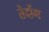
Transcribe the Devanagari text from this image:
तेदोंग